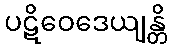
ပဋိဝေဒေယျန္တိ